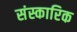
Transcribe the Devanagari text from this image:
संस्कारिक